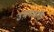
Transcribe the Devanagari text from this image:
उभयचारी